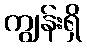
ကျွန်းရှိ